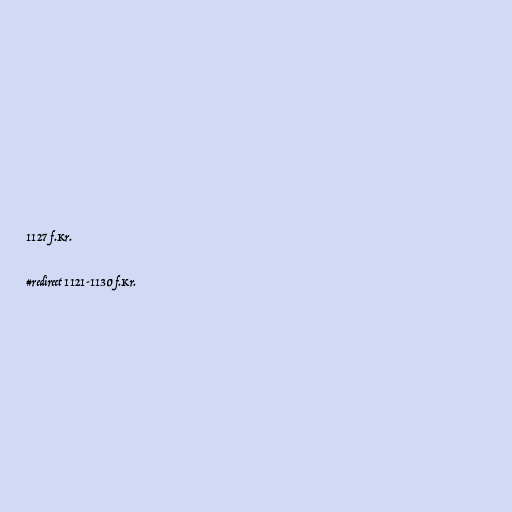
1127 f.Kr.

#redirect 1121-1130 f.Kr.